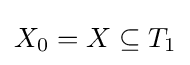
{\textstyle X_{0}=X\subseteq T_{1}}